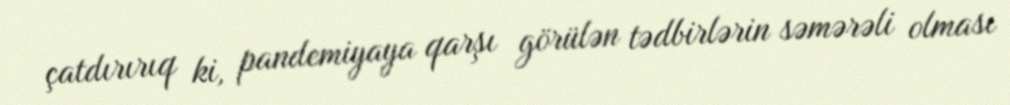
çatdırırıq ki, pandemiyaya qarşı görülən tədbirlərin səmərəli olması